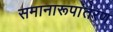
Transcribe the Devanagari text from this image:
समानारूपांतरण